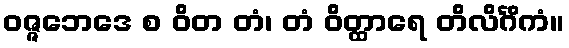
ဝဇ္ဇဘေဒေ စ ဝိတ တံ၊ တံ ဝိတ္ထာရေ တိလိင်္ဂိကံ။